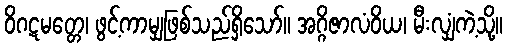
ဝိဂဋမတ္တေ၊ ဖွင့်ကာမျှဖြစ်သည်ရှိသော်။ အဂ္ဂိဇာလံဝိယ၊ မီးလျှံကဲ့သို့။